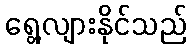
ရွေ့လျားနိုင်သည်